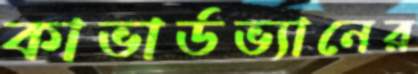
কাভার্ডভ্যানের